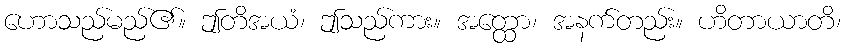
ဟောသည်မည်၏။ ဤတိအယံ၊ ဤသည်ကား။ အတ္ထော၊ အနက်တည်း။ ဟိတာယာတိ၊